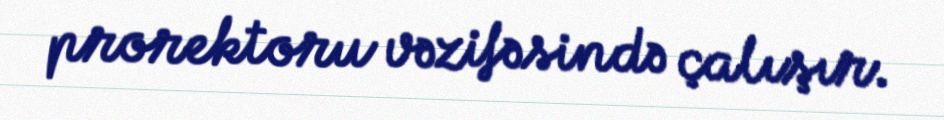
prorektoru vəzifəsində çalışır.